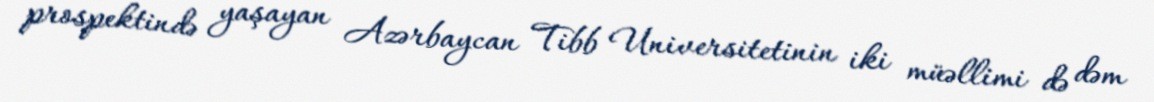
prospektində yaşayan Azərbaycan Tibb Universitetinin iki müəllimi də dəm